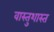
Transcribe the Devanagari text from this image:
वास्तुशास्त